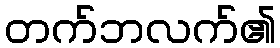
တက်ဘလက်၏